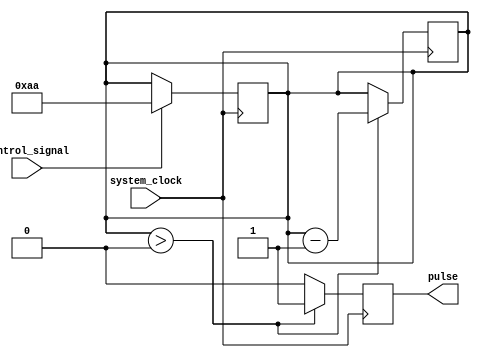
module variable_pulse_width_generator (
    input control_signal,
    input system_clock,
    output reg pulse
);

reg [7:0] pulse_width;

always @(posedge system_clock) begin
    if (control_signal) begin
        pulse_width <= 8'b10101010; // Example pulse width value, change as needed
    end
end

always @(posedge system_clock) begin
    if (pulse_width > 0) begin
        pulse <= 1;
        pulse_width <= pulse_width - 1;
    end else begin
        pulse <= 0;
    end
end

endmodule